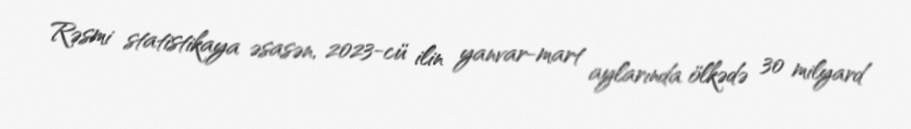
Rəsmi statistikaya əsasən, 2023-cü ilin yanvar-mart aylarında ölkədə 30 milyard